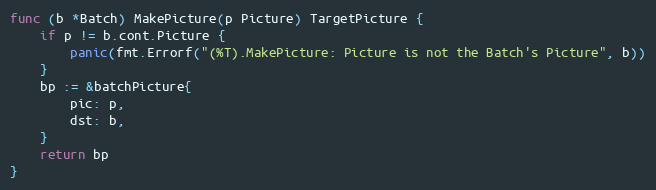
Language: Go
func (b *Batch) MakePicture(p Picture) TargetPicture {
	if p != b.cont.Picture {
		panic(fmt.Errorf("(%T).MakePicture: Picture is not the Batch's Picture", b))
	}
	bp := &batchPicture{
		pic: p,
		dst: b,
	}
	return bp
}